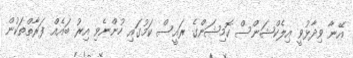
އޭނާ ވިދާޅުވީ އިލެކްޝަންސް ކޮމިޝަންގެ ރައީސް ކަމުގައި ހުންނެވި އިރު ބައެއް ފަރާތްތަކުން